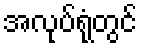
အလုပ်ရုံတွင်